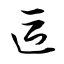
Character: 區